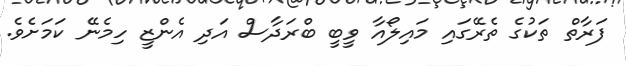
ފަރާތް ތަކުގެ ތެރޭގައި މައިލޯއާ ވީބީ ބްރަދާސް އަދި އެންޒީ ހިމެނޭ ކަމަށެވެ.